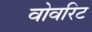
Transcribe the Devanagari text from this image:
वोवरिट